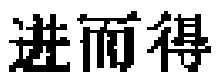
进而得